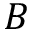
B